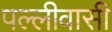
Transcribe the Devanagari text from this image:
पल्लीवासी